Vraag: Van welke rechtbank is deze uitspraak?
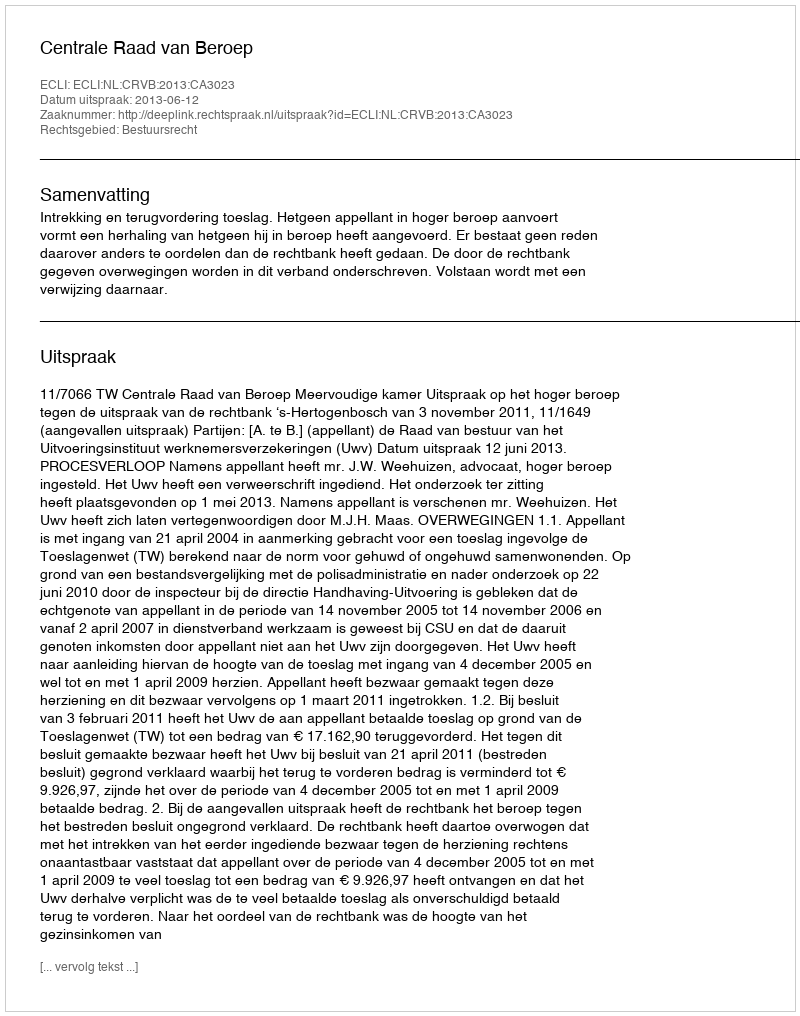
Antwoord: Centrale Raad van Beroep